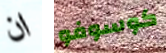
ان كوسوفو